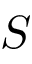
S